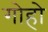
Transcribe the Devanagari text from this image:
गोहो